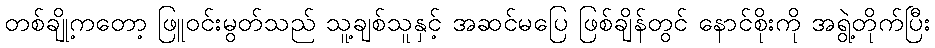
တစ်ချို့ကတော့ ဖြူဝင်းမွတ်သည် သူ့ချစ်သူနှင့် အဆင်မပြေ ဖြစ်ချိန်တွင် နောင်စိုးကို အရွဲ့တိုက်ပြီး